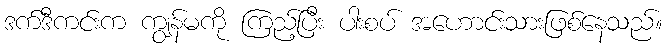
ဒက်ဒီကင်းက ကျွန်မကို ကြည့်ပြီး ပါးစပ် အဟောင်းသားဖြစ်နေသည်။